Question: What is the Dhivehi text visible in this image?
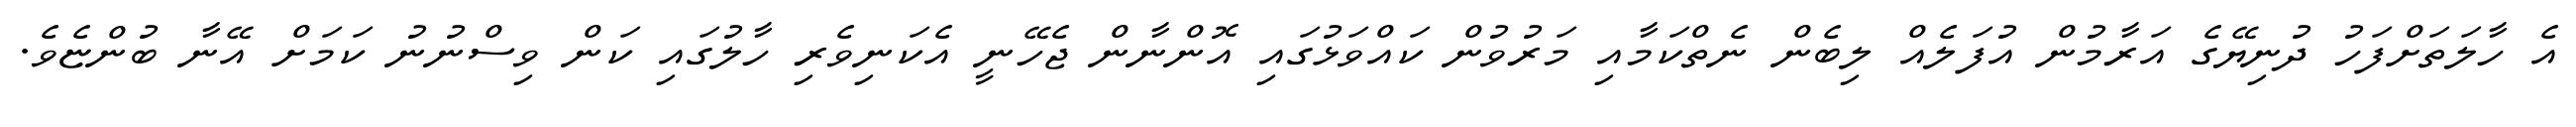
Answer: އެ ހާލަތަށްފަހު ދުނިޔޭގެ އަރާމުން އުފަލެއް ލިބެން ނެތްކަމާއި މަރުވުން ކައްވަޅުގައި އޮންނާން ޖެހޭނީ އެކަނިވެރި ހާލުގައި ކަން ވިސްނުނު ކަމަށް އޭނާ ބުންޏެވެ.